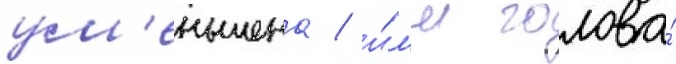
ум'еньшена / и́л'и голова́